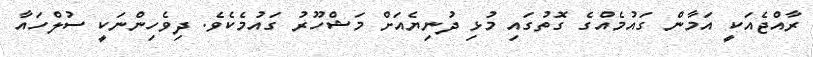
ރާއްޖެއަކީ އަމާން ގައުމެއްގެ ގޮތުގައި މުޅި ދުނިޔެއަށް މަޝްހޫރު ގައުމެކެވެ. ދިވެހިންނަކީ ސުލްހައާ